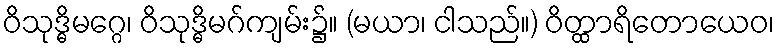
ဝိသုဒ္ဓိမဂ္ဂေ၊ ဝိသုဒ္ဓိမဂ်ကျမ်း၌။ (မယာ၊ ငါသည်။) ဝိတ္ထာရိတောယေဝ၊